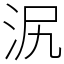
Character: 泦